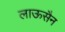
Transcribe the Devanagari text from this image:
लाऊसैन